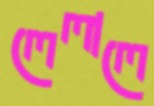
লেলালে